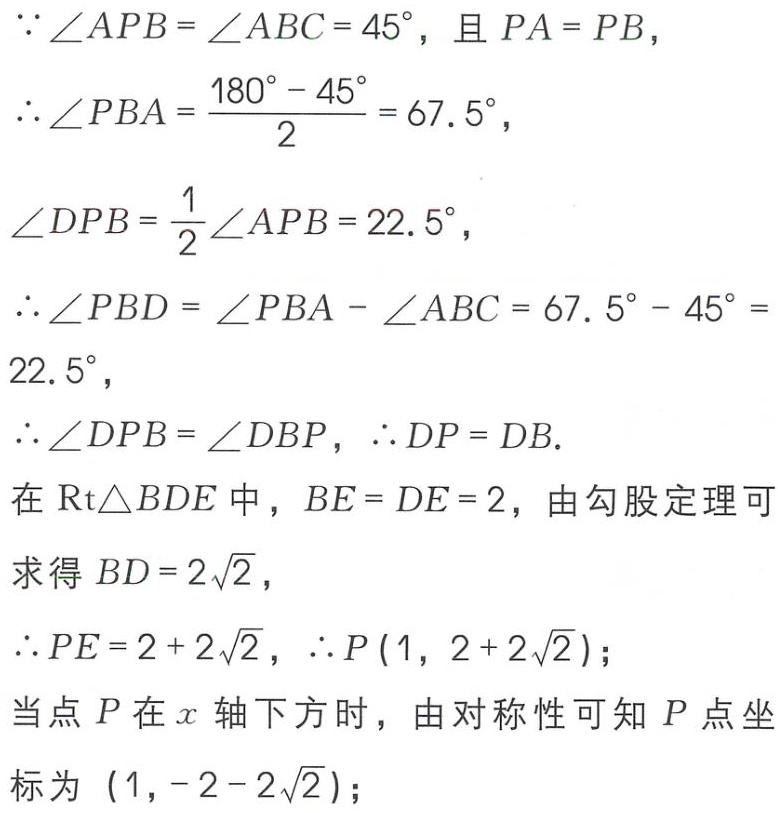
\(\because \angle APB = \angle ABC = 45^{\circ}, \text{ 且 } PA = PB,\)
\(\therefore \angle PBA=\frac{180^{\circ} - 45^{\circ}}{2}=67.5^{\circ},\)
\(\angle DPB=\frac{1}{2}\angle APB = 22.5^{\circ},\)
\(\therefore \angle PBD=\angle PBA - \angle ABC = 67.5^{\circ}-45^{\circ}=22.5^{\circ},\)
\(\therefore \angle DPB = \angle DBP, \therefore DP = DB.\)
在\(\text{Rt}\triangle BDE\)中，\(BE = DE = 2\)，由勾股定理可
求得\(BD = 2\sqrt{2},\)
\(\therefore PE = 2 + 2\sqrt{2}, \therefore P(1,2 + 2\sqrt{2});\)
当点\(P\)在\(x\)轴下方时，由对称性可知\(P\)点坐标为\((1,-2 - 2\sqrt{2});\)